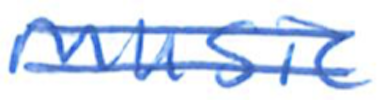
Text: music
Cross-out: double-line
Writing tool: ballpoint